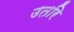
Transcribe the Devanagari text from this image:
उतरि